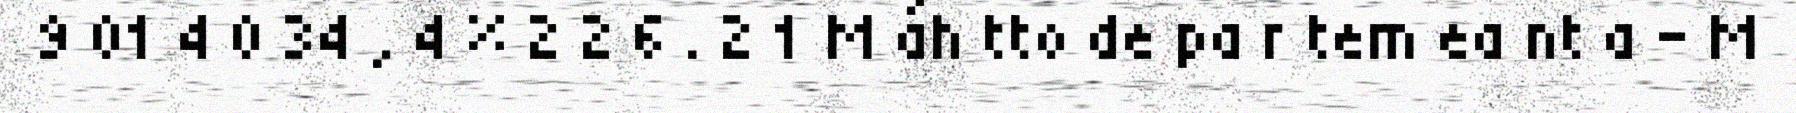
9 01 4 0 34 , 4 % 2 2 6 . 2 1 M áh tto de pa r tem ea nt a - M